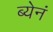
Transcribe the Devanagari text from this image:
ब्येनं